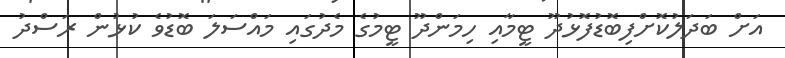
އަށް ބަދަލުކޮށްފިބޮޑުފޮޅުދޫ ޓީމާއި ހިމަންދޫ ޓީމުގެ މެދުގައި މައްސަލަ ބޮޑުވެ ކުޅުން ރަސްދު